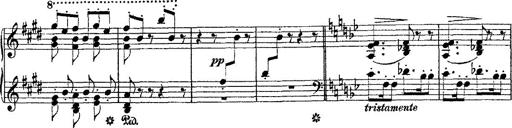
Title: Fantaisie romantique sur deux mÃ©lodies suisses
Composer: Franz Liszt